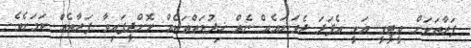
ފަރާތަކަށް ވީޓީވީ އަކީ އެފަދަ ދެވަނައެއް ނެތް ޚިދުމަތްތަކެއް ކޮށްދީފައިވާ ފަރާތެއް ކަމަށެވެ.